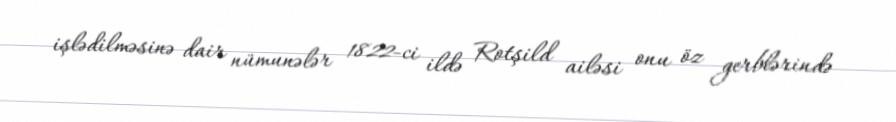
işlədilməsinə dair nümunələr 1822-ci ildə Rotşild ailəsi onu öz gerblərində